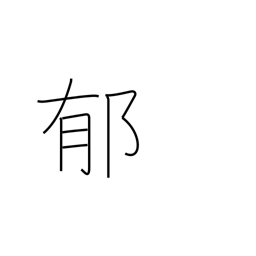
Meaning: perfume